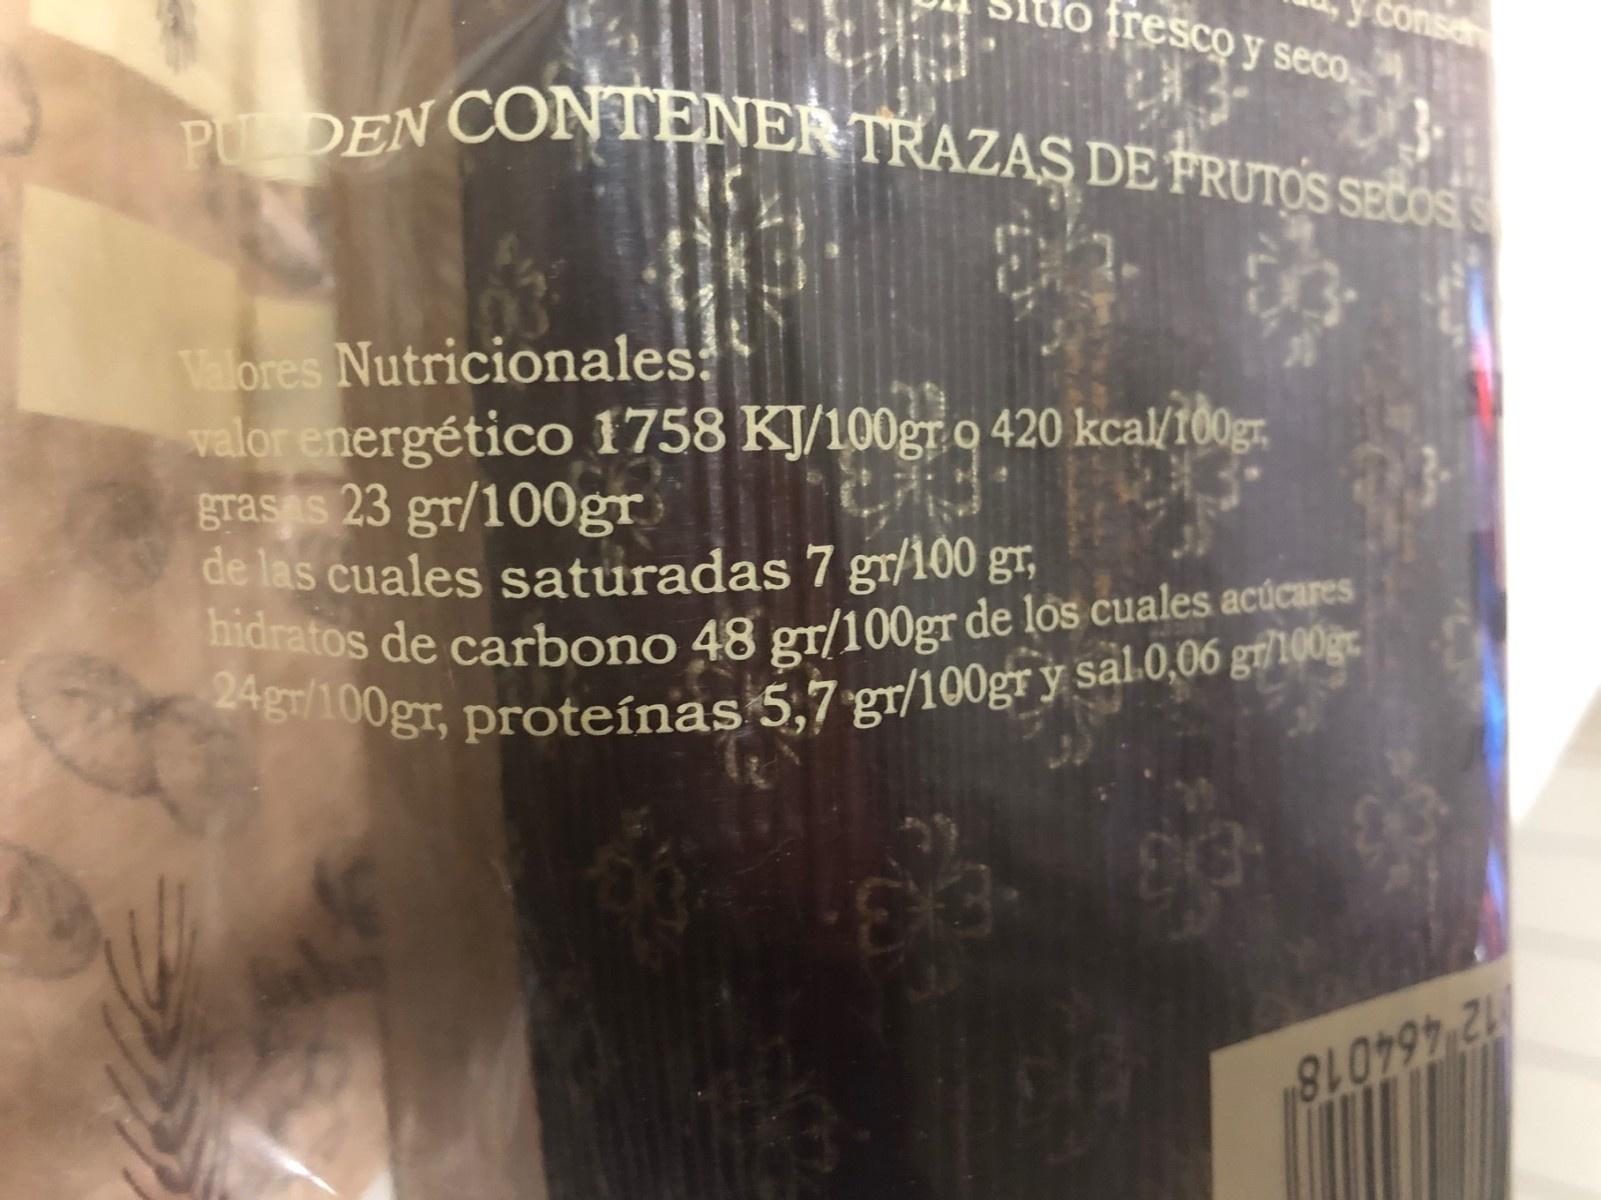
conse tlo fresco y seco. PU DEN CONTENEN TRAZAS DE FRUTOS SEtos s Valores Nutricionales valor energético 1758 KJ/100gr o 420 kcal/10gr, gras s 23 gr/100gr de las cuales saturadas 7 gr/100 gr, hidratos de carbono 48 gr/100gr de los cuales acúcares 24gr/100gr, proteínas 5,7 gr/100gr y sal.0,06 gr100g. 12 464018